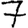
Digit: 7